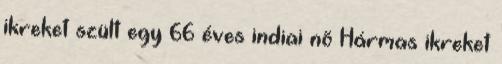
ikreket szült egy 66 éves indiai nõ Hármas ikreket